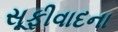
સૂફીવાદના